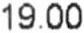
19.00